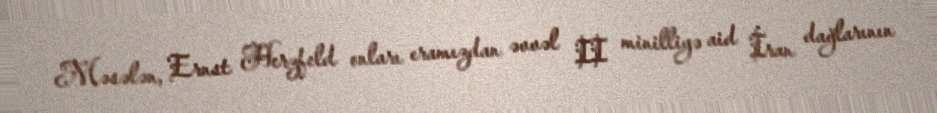
Məsələn, Ernst Herzfeld onları eramızdan əvvəl II minilliyə aid İran dağlarının